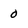
Character: 0